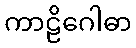
ကာဠိဂေါဓာ